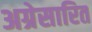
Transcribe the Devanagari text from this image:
अग्रेसारित